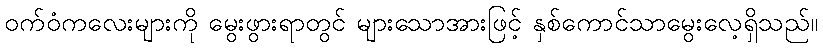
ဝက်ဝံကလေးများကို မွေးဖွားရာတွင် များသောအားဖြင့် နှစ်ကောင်သာမွေးလေ့ရှိသည်။